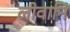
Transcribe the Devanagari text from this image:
लीवानि